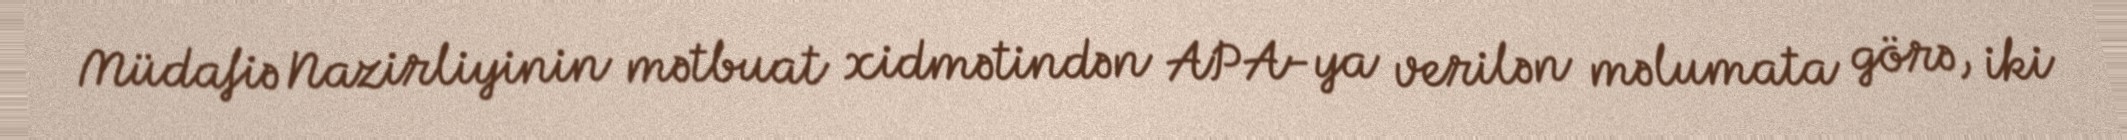
Müdafiə Nazirliyinin mətbuat xidmətindən APA-ya verilən məlumata görə, iki